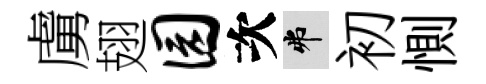
虜翅园次弗初惻